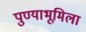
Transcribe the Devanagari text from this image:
पुण्याभूमिला